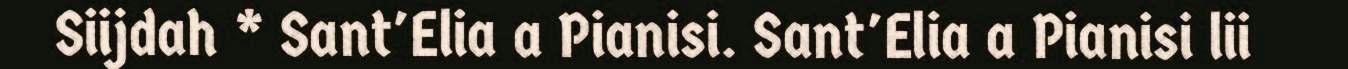
Siijdah * Sant'Elia a Pianisi. Sant'Elia a Pianisi lii